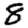
Digit: 8